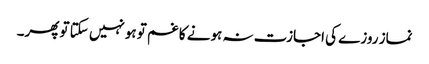
نماز روزے کی اجازت نہ ہونے کا غم تو ہونہیں سکتا تو پھر۔